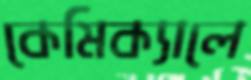
কেমিক্যালে